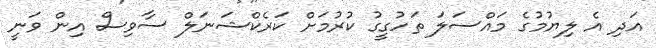
އަދި އެ ލިޔުމުގެ މައްސަލަ ތަހުގީގު ކުރުމަށް ކަރެކްޝަނަލް ސާވިސް އިން ވަނީ